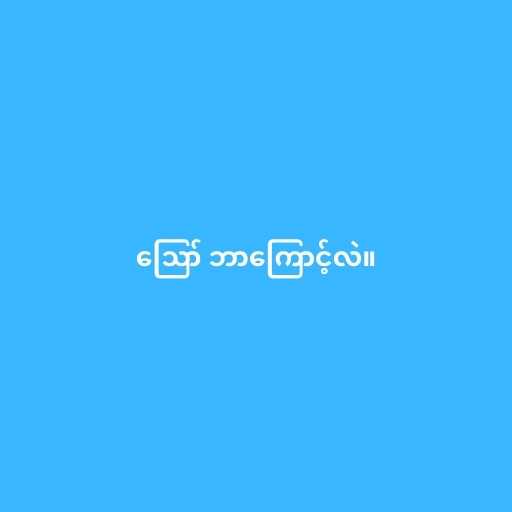
ဪ ဘာကြောင့်လဲ။